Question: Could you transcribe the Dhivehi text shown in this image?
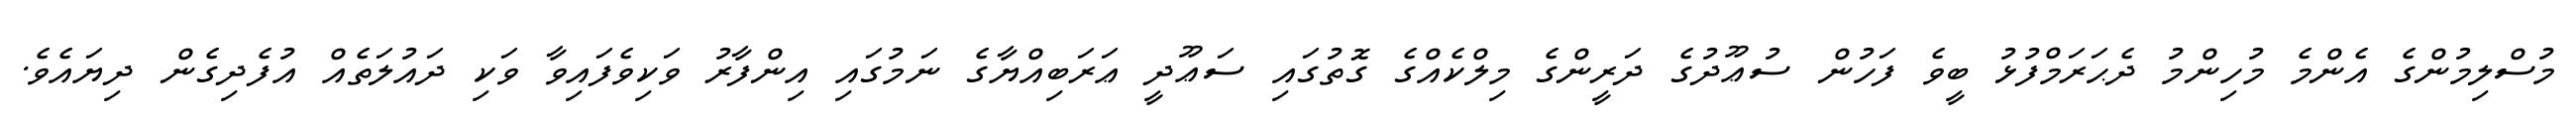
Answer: މުސްލިމުންގެ އެންމެ މުހިންމު ދެޙަރަމްފުޅު ބީވެ ފަހުން ސުޢޫދުގެ ދަރީންގެ މިލްކެއްގެ ގޮތުގައި ސަޢޫދީ ޢަރަބިއްޔާގެ ނަމުގައި އިންފާރު ވަކިވެފައިވާ ވަކި ދައުލަތެއް އުފެދިގެން ދިޔައެވެ.